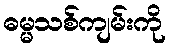
ဓမ္မသစ်ကျမ်းကို